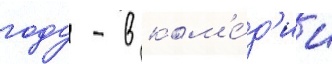
году - в ком'е́д'ии